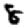
Digit: 8